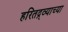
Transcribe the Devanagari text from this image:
हरितद्र्व्याच्या